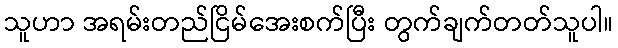
သူဟာ အရမ်းတည်ငြိမ်အေးစက်ပြီး တွက်ချက်တတ်သူပါ။